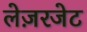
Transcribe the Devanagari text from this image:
लेज़रजेट